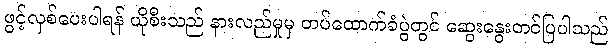
ဖွင့်လှစ်ပေးပါရန် ယိုစီးသည် နားလည်မှုမှ တပ်ထောက်ခံပွဲတွင် ဆွေးနွေးတင်ပြပါသည်